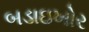
બડાઇખોર